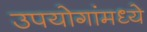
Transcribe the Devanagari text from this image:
उपयोगांमध्ये